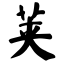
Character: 荚